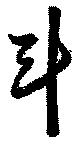
斗